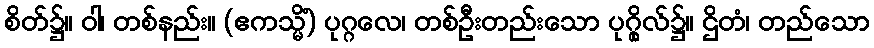
စိတ်၌။ ဝါ၊ တစ်နည်း။ (ဧကသ္မိံ) ပုဂ္ဂလေ၊ တစ်ဦးတည်းသော ပုဂ္ဂိုလ်၌။ ဌိတံ၊ တည်သော